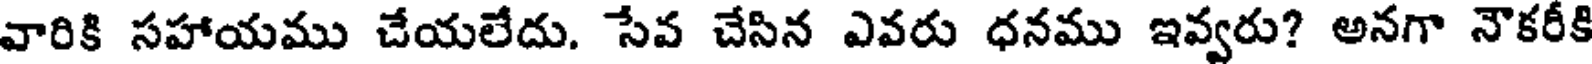
వారికి సహాయము చేయలేదు. సేవ చేసిన ఎవరు ధనము ఇవ్వరు? అనగా నౌకరీకి